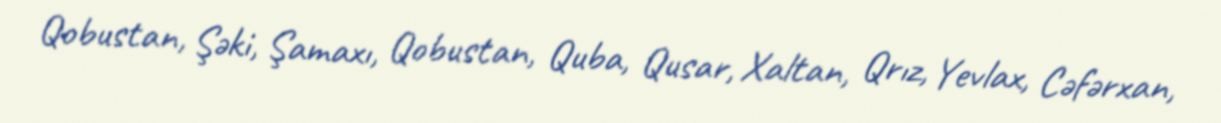
Qobustan, Şəki, Şamaxı, Qobustan, Quba, Qusar, Xaltan, Qrız, Yevlax, Cəfərxan,